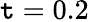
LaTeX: \mathtt{t}=0.2